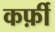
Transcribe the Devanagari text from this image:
कर्फ़ी